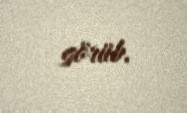
görüb.